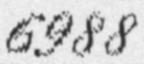
6988